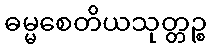
ဓမ္မစေတိယသုတ္တဉ္စ